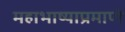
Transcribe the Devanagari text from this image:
महाभाष्याप्रमाणे